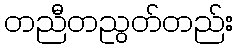
တညီတညွတ်တည်း